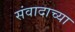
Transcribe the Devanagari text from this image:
संवादाच्या